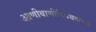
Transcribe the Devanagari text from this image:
आणीबाणीविषयकच्या